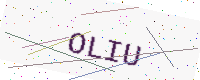
Text: OLIU